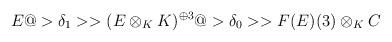
LaTeX: \begin{align*}E @>\delta_1>> (E \otimes_K K)^{\oplus 3} @>\delta_0>> F(E)(3) \otimes_K C\end{align*}